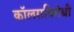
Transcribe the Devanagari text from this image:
कॉलराविरोधी